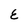
Character: E